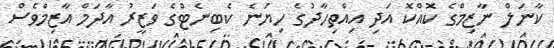
ކާނަލް ނާޒިމްގެ ކޮއްކޮ އަދި އިއްތިހާދުގެ ހިޔަނެ ކެބިނެޓްގެ ވަޒީރު އާދަމް އާޒިމްވެސް